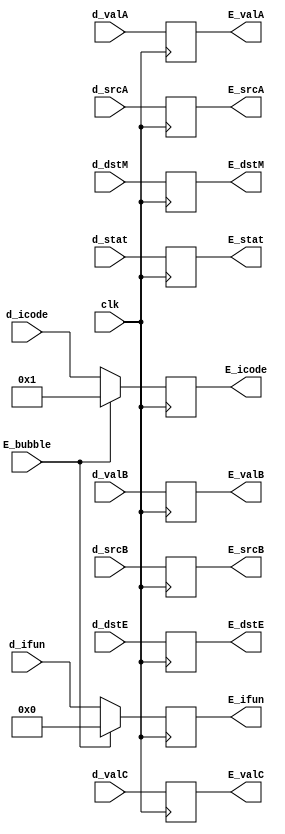
`timescale 1ns / 1ps

module E_pipe (
    input clk,
    input [2:0] d_stat,
    input [3:0] d_icode,
    input [3:0] d_ifun,
    input [63:0] d_valC,
    input [63:0] d_valA,
    input [63:0] d_valB,
    input [3:0] d_dstE,
    input [3:0] d_dstM,
    input [3:0] d_srcA,
    input [3:0] d_srcB,
    input E_bubble,

    output reg [2:0] E_stat,
    output reg [3:0] E_icode,
    output reg [3:0] E_ifun,
    output reg [63:0] E_valC,
    output reg [63:0] E_valA,
    output reg [63:0] E_valB,
    output reg [3:0] E_dstE,
    output reg [3:0] E_dstM,
    output reg [3:0] E_srcA,
    output reg [3:0] E_srcB
);

always @ (posedge clk)
begin
    if (E_bubble == 0)
    begin
        E_stat <= d_stat;
        E_icode <= d_icode;
        E_ifun <= d_ifun;
        E_valC <= d_valC;
        E_valA <= d_valA;
        E_valB <= d_valB;
        E_dstE <= d_dstE;
        E_dstM <= d_dstM;
        E_srcA <= d_srcA;
        E_srcB <= d_srcB;
    end

    else
    begin
        E_stat <= d_stat;
        E_icode <= 4'b0001;
        E_ifun <= 4'b0000;
        E_valC <= d_valC;
        E_valA <= d_valA;
        E_valB <= d_valB;
        E_dstE <= d_dstE;
        E_dstM <= d_dstM;
        E_srcA <= d_srcA;
        E_srcB <= d_srcB;
    end
end

endmodule